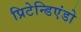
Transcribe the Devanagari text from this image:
प्रिटेन्डिएंडो